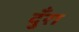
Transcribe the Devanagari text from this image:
दुँरा